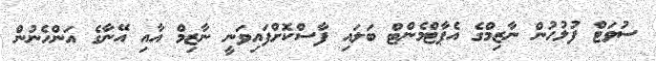
ސުވަޓް ފުލުހުން ނާޒިމްގެ އެޕާޓްމެންޓް ބަލައި ފާސްކޮށްފައިވަނީ ނާޒިމް އާއި އޭނާގެ އަންހެނުން